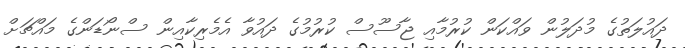
ދައުލަތުގެ މުދަލުން ވައްކަން ކުރުމާއި ޖާސޫސް ކުރުމުގެ ދައުވާ އެމެރިކާއިން ސްނޯޑަންގެ މައްޗަށް